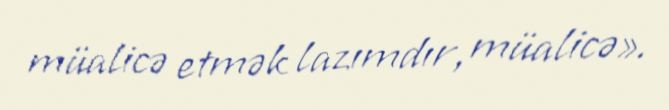
müalicə etmək lazımdır, müalicə».